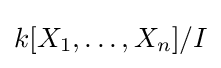
k[X_{1},\dots ,X_{n}]/I